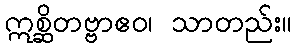
ဣစ္ဆိတဗ္ဗာဧဝ၊ သာတည်း။